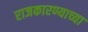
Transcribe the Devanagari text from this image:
राजकारण्याच्या